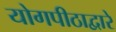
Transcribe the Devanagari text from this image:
योगपीठाद्वारे